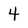
Character: 4